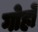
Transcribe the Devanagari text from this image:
गोहो